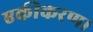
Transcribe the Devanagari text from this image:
एकीकरण।